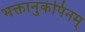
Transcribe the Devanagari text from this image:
भक्तानुकंपिनम्